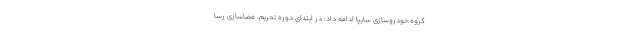
گروه خودروسازی سایپا ادامه داد: در ابتدای دوره تحریم، فضاسازی رسا